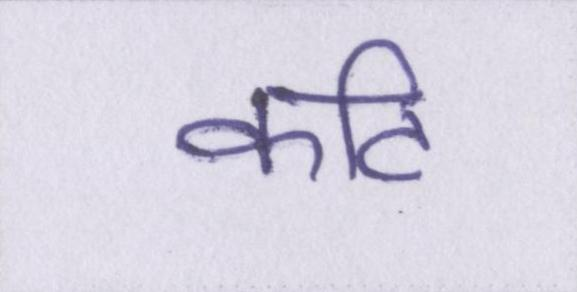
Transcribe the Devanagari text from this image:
कटि